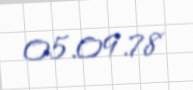
05.09.78